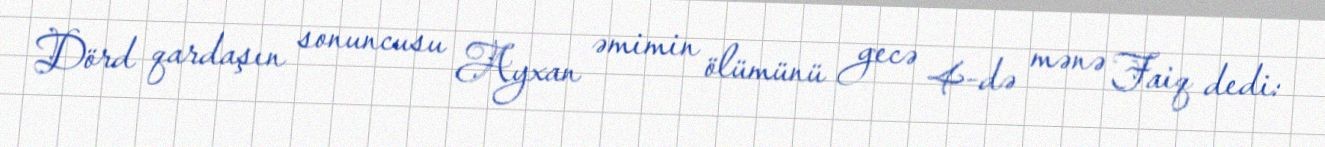
Dörd qardaşın sonuncusu Ayxan əmimin ölümünü gecə 4-də mənə Faiq dedi: